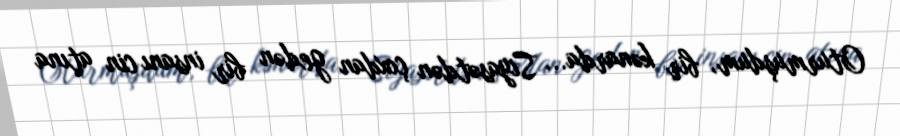
Oturmuşdum, bir kənarda... Siyasətdən çoxdan gedən bir insanı cin atına